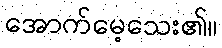
အောက်မေ့သေး၏။